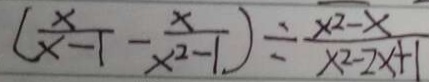
( \frac { x } { x - 1 } - \frac { x } { x ^ { 2 } - 1 } ) \div \frac { x ^ { 2 } - x } { x ^ { 2 } - 2 x + 1 }